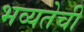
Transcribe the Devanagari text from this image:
भव्यतेची